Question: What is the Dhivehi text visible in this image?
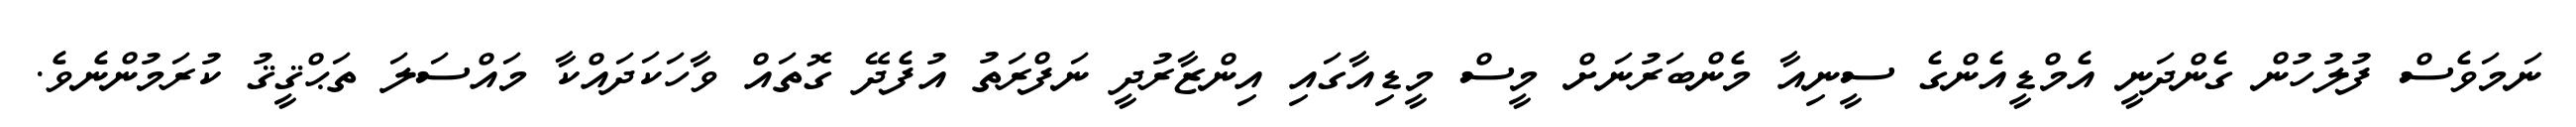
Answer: ނަމަވެސް ފުލުހުން ގެންދަނީ އެމްޑީއެންގެ ސީނިއާ މެންބަރުނަށް މީސް މީޑިއާގައި އިންޒާރުދީ ނަފްރަތު އުފެދޭ ގޮތައް ވާހަކަދައްކާ މައްސަލަ ތަޙްޤީޤު ކުރަމުންނެވެ.